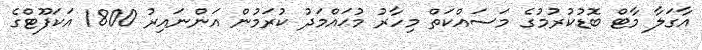
އާގަލާ މާޓް ބޮޑުކުރުމުގެ މަސައްކަތް މިހާރު މުޙައްމަދު ކުރަމުން އަންނައިރު 1800 އަކަފޫޓްގެ